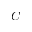
C